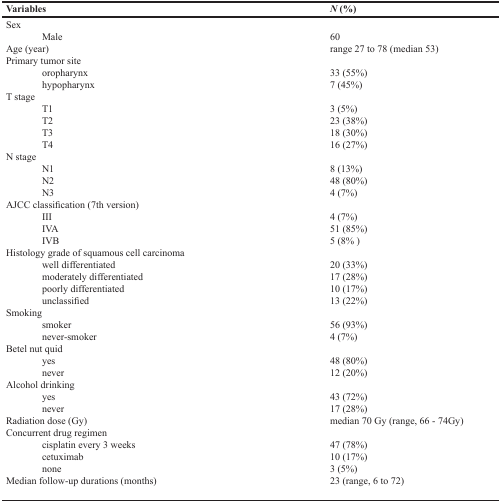
| Variables | N (%) |
 | --- | --- |
 | Sex |  |
 | Male | 60 |
 | Age (year) | range 27 to 78 (median 53) |
 | Primary tumor site |  |
 | oropharynx | 33 (55%) |
 | hypopharynx | 7 (45%) |
 | T stage |  |
 | T1 | 3 (5%) |
 | T2 | 23 (38%) |
 | T3 | 18 (30%) |
 | T4 | 16 (27%) |
 | N stage |  |
 | N1 | 8 (13%) |
 | N2 | 48 (80%) |
 | N3 | 4 (7%) |
 | AJCC classification (7th version) |  |
 | III | 4 (7%) |
 | IVA | 51 (85%) |
 | IVB | 5 (8% ) |
 | Histology grade of squamous cell carcinoma |  |
 | well differentiated | 20 (33%) |
 | moderately differentiated | 17 (28%) |
 | poorly differentiated | 10 (17%) |
 | unclassified | 13 (22%) |
 | Smoking |  |
 | smoker | 56 (93%) |
 | never-smoker | 4 (7%) |
 | Betel nut quid |  |
 | yes | 48 (80%) |
 | never | 12 (20%) |
 | Alcohol drinking |  |
 | yes | 43 (72%) |
 | never | 17 (28%) |
 | Radiation dose (Gy) | median 70 Gy (range, 66 - 74Gy) |
 | Concurrent drug regimen |  |
 | cisplatin every 3 weeks | 47 (78%) |
 | cetuximab | 10 (17%) |
 | none | 3 (5%) |
 | Median follow-up durations (months) | 23 (range, 6 to 72) |